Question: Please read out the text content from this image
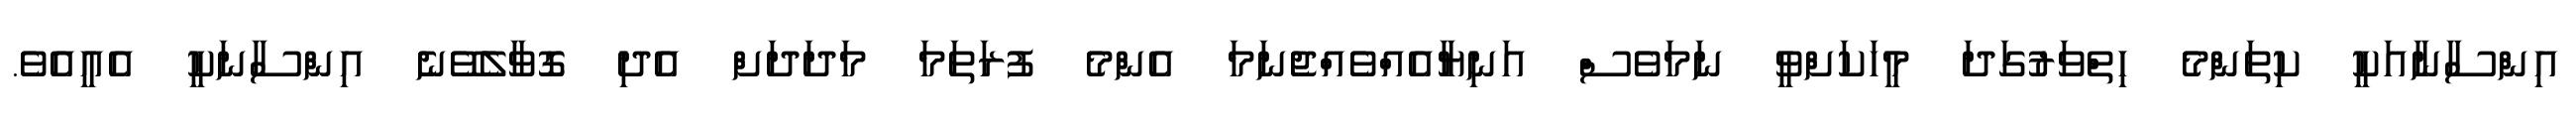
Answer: އިންސާނާއަކީ ކިތަންމެ ހިތްވަރުގަދަ މީހަކަށްވީ ނަމަވެސް އަނިޔާއެއްވެއްޖެނަމަ އެންމެ ފުރަތަމަ މަދަދަށް އެދި ގޮވާލެވޭނެ އިންސާނަކީ އެއީއެވެ.